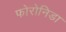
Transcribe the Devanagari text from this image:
फोरोनिडा